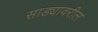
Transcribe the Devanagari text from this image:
साड्यावरील